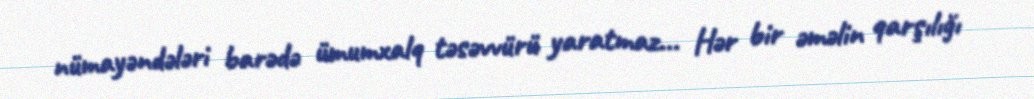
nümayəndələri barədə ümumxalq təsəvvürü yaratmaz... Hər bir əməlin qarşılığı